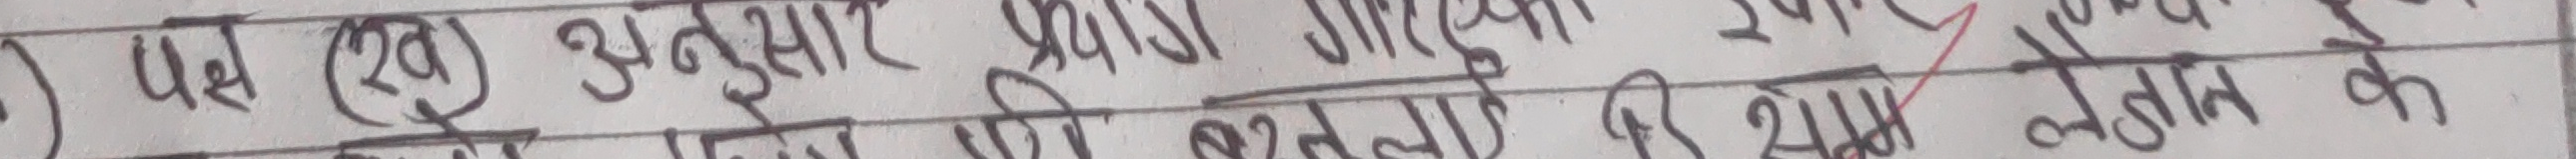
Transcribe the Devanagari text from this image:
पद (२७) अनुसार प्रहरी संगठन के